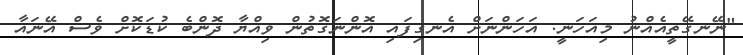
"ނޭނގޭތީއެއްނު މިއަހަނީ. އަހަންނަށް އެނގިފައި އޮންނަގޮތުން ވިއްޔާ ދޮންބެ ކުޑަކޮށް ވެސް އޭނައާ